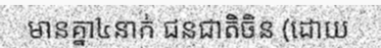
មានគ្នា៤នាក់ ជនជាតិចិន (ដោយ